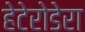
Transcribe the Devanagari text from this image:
हेटेरोडेरा